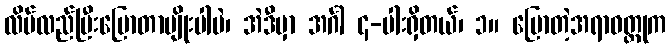
လိမ်လည်ပြီးပြောတာမျိုးပါပဲ၊ အဲဒီမှာ အင်္ဂါ ၄-ပါးရှိတယ်၊ ၁။ ပြောတဲ့အရာဝတ္ထုက